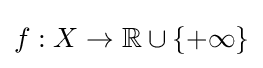
f:X\to \mathbb {R} \cup \{+\infty \}